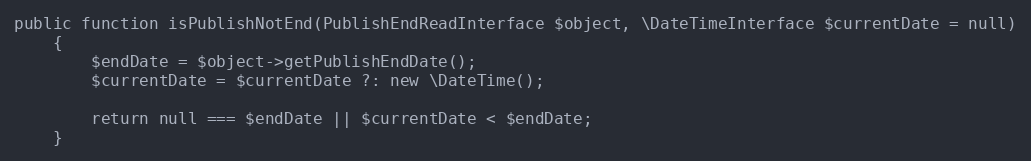
Language: PHP
public function isPublishNotEnd(PublishEndReadInterface $object, \DateTimeInterface $currentDate = null)
    {
        $endDate = $object->getPublishEndDate();
        $currentDate = $currentDate ?: new \DateTime();

        return null === $endDate || $currentDate < $endDate;
    }